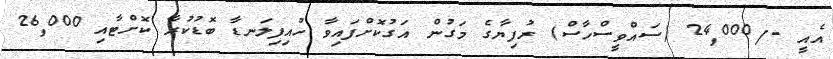
އެއީ -/24